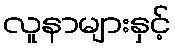
လူနာများနှင့်